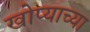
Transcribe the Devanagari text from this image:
खोप्याच्या